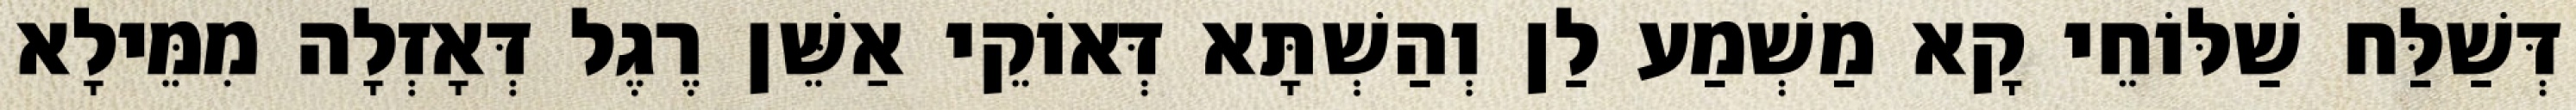
דְּשַׁלַּח שַׁלּוֹחֵי קָא מַשְׁמַע לַן וְהַשְׁתָּא דְּאוֹקֵי אַשֵּׁן רֶגֶל דְּאָזְלָה מִמֵּילָא